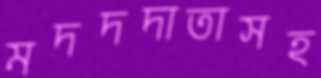
মদদদাতাসহ